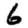
Digit: 6